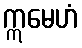
ဣမေဟံ